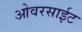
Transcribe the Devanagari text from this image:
ओवरसाईट